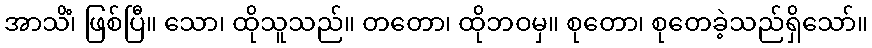
အာသိံ၊ ဖြစ်ပြီ။ သော၊ ထိုသူသည်။ တတော၊ ထိုဘဝမှ။ စုတော၊ စုတေခဲ့သည်ရှိသော်။